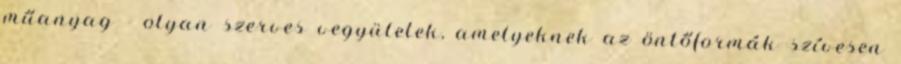
műanyag - olyan szerves vegyületek, amelyeknek az öntőformák szívesen